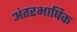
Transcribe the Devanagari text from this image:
अंतरभाषिक